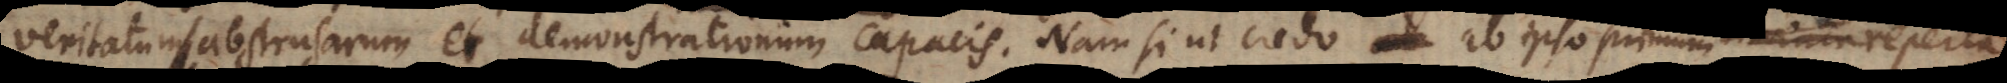
veritatum abstrusarum et demonstrationum capacis. Nam si ut credo, ab ipsius ab ipso